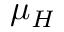
\mu _ { H }